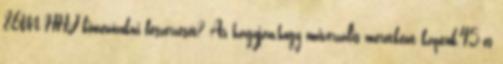
86M HHJ kimenőzokni beszerzését? Az hagyján,hogy univerzális méretként kaptuk,45-ös